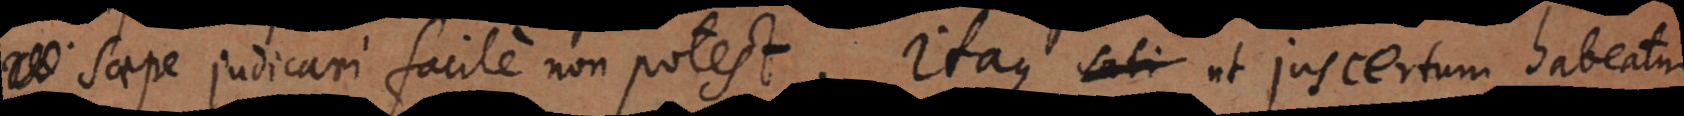
saepe judicari facile non potest. Itaque ut jus certum habeatur